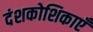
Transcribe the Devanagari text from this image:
दंशकोशिकाएँ